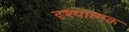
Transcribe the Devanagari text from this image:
दृश्‍यात्मक